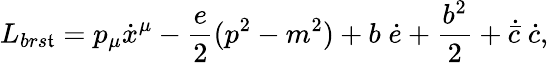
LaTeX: L_{brs\mathfrak{t}}=p_{\mu}\dot{{x}}^{\mu}-\frac{{e}}{{2}}(p^{2}-m^{2})+b\; \dot{{e}}+\frac{{b^{2}}}{{2}}+\dot{{\bar{{c}}}}\; \dot{{c}},